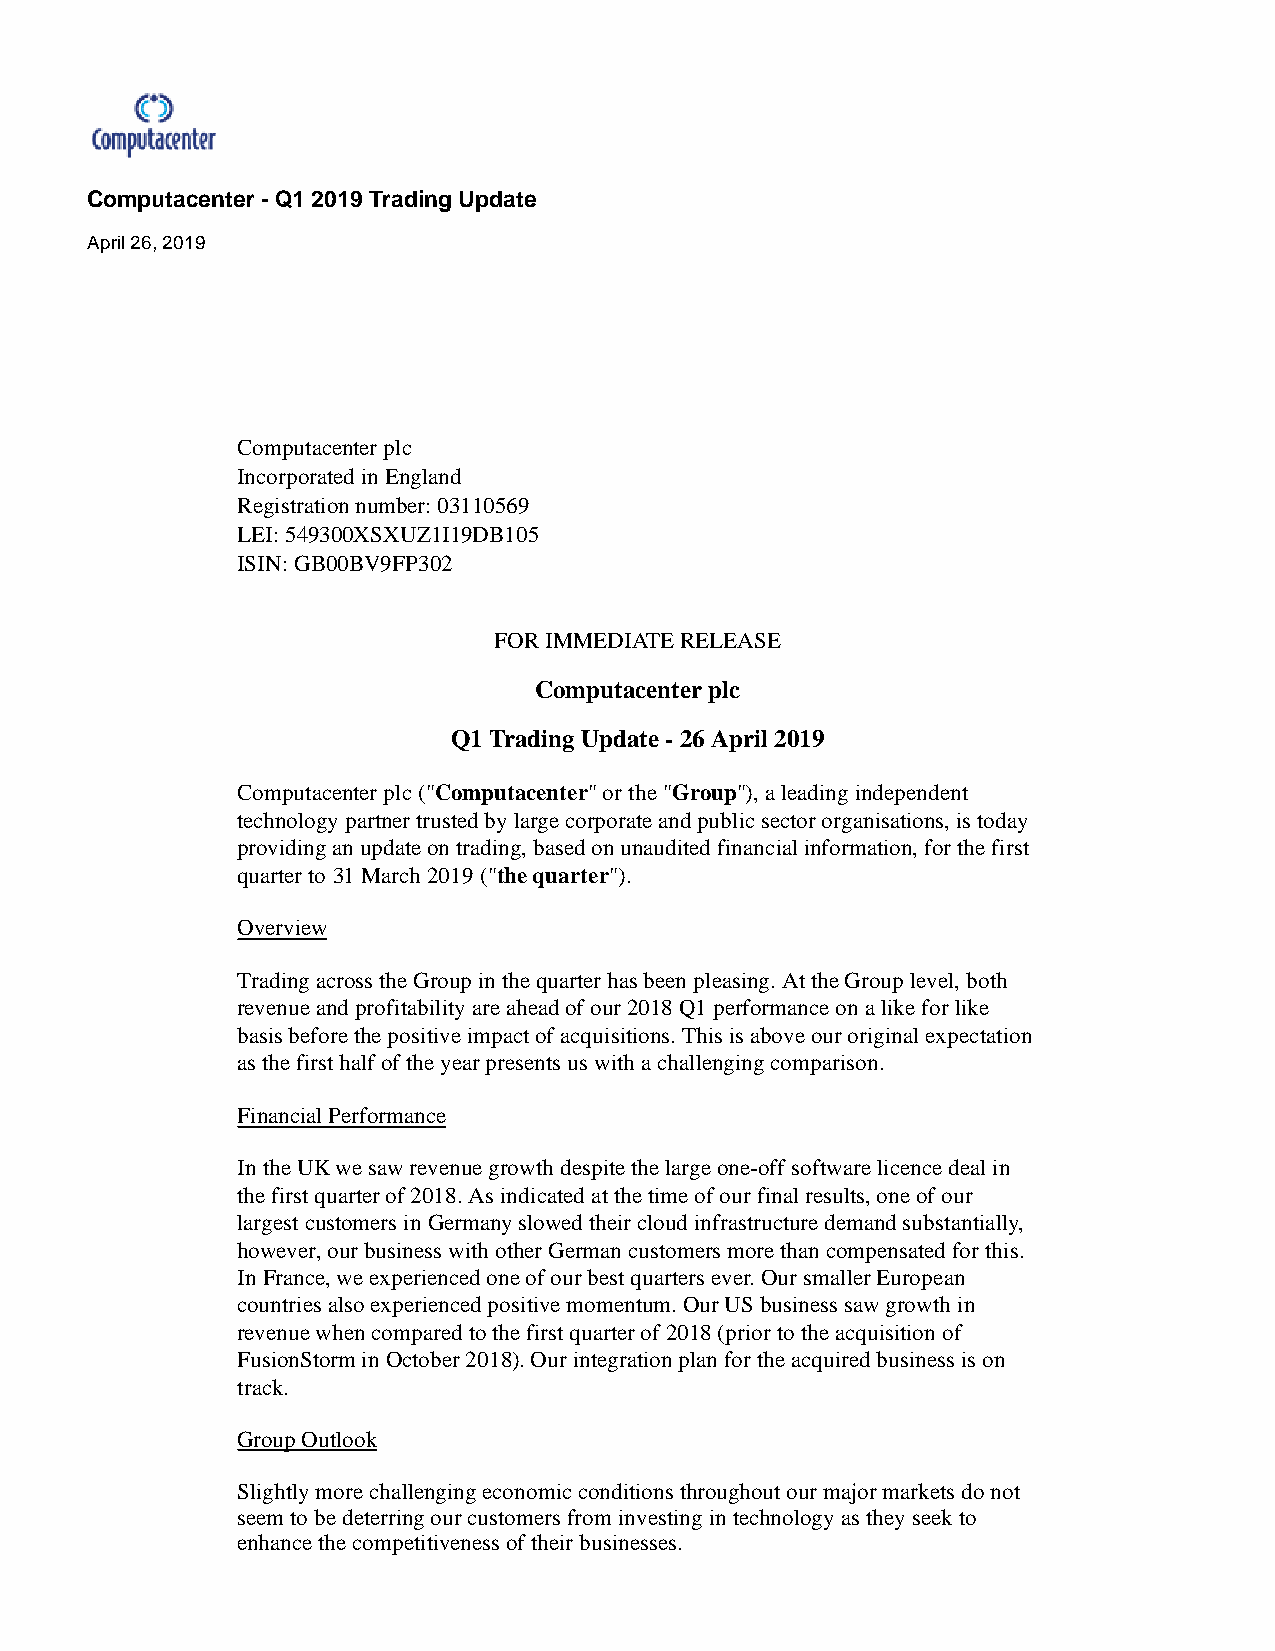
Computacenter - Q1 2019 Trading Update
 April 26, 2019
 Computacenter plc
 Incorporated in England
 Registration number: 03110569
 LEI: 549300XSXUZ1I19DB105
 ISIN: GB00BV9FP302
 FOR IMMEDIATE RELEASE
 Computacenter plc
 Q1 Trading Update - 26 April 2019
 Computacenter plc ("Computacenter" or the "Group"), a leading independent
 technology partner trusted by large corporate and public sector organisations, is today
 providing an update on trading, based on unaudited financial information, for the first
 quarter to 31 March 2019 ("the quarter").
 Overview
 Trading across the Group in the quarter has been pleasing. At the Group level, both
 revenue and profitability are ahead of our 2018 Q1 performance on a like for like
 basis before the positive impact of acquisitions. This is above our original expectation
 as the first half of the year presents us with a challenging comparison.
 Financial Performance
 In the UK we saw revenue growth despite the large one-off software licence deal in
 the first quarter of 2018. As indicated at the time of our final results, one of our
 largest customers in Germany slowed their cloud infrastructure demand substantially,
 however, our business with other German customers more than compensated for this.
 In France, we experienced one of our best quarters ever. Our smaller European
 countries also experienced positive momentum. Our US business saw growth in
 revenue when compared to the first quarter of 2018 (prior to the acquisition of
 FusionStorm in October 2018). Our integration plan for the acquired business is on
 track.
 Group Outlook
 Slightly more challenging economic conditions throughout our major markets do not
 seem to be deterring our customers from investing in technology as they seek to
 enhance the competitiveness of their businesses.